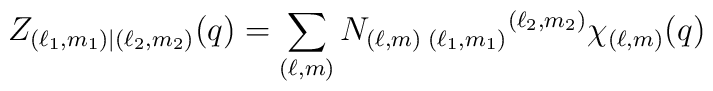
Z_{(\ell_1,m_1)|(\ell_2,m_2)}(q)=\sum_{(\ell,m)} N_{(\ell,m)\;(\ell_1,m_1)}{}^{(\ell_2,m_2)} \chi_{(\ell,m)}(q)